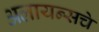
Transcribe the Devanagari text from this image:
अलायन्सचे